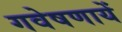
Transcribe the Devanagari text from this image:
गवेषणायें